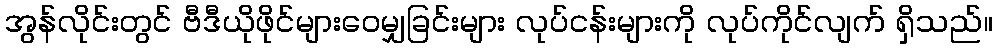
အွန်လိုင်းတွင် ဗီဒီယိုဖိုင်များဝေမျှခြင်းများ လုပ်ငန်းများကို လုပ်ကိုင်လျက် ရှိသည်။